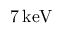
7 \, \mathrm { k e V }